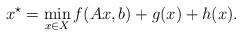
LaTeX: \begin{align*} x^\star = \min_{x \in X} f(Ax, b) + g(x) + h(x).\end{align*}